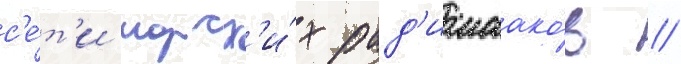
с'е́т'и морск'и́х рад'иомаако́в //